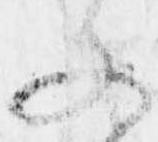
文